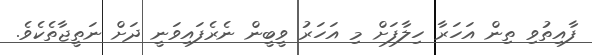
ފާއިތުވި ތިން އަހަރާ ހިލާފަށް މި އަހަރު ވީބީން ނެރެފައިވަނީ ދަށް ނަތީޖާތެކެވެ.